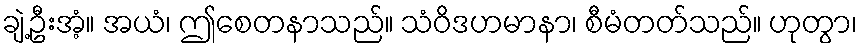
ချဲ့ဦးအံ့။ အယံ၊ ဤစေတနာသည်။ သံဝိဒဟမာနာ၊ စီမံတတ်သည်။ ဟုတွာ၊